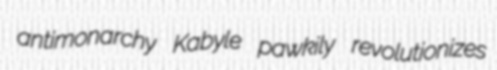
antimonarchy Kabyle pawkily revolutionizes